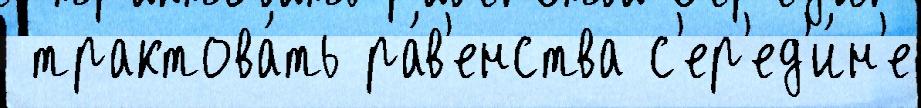
 трактова́ть ра́в'енства с'ер'ед'и́н'е